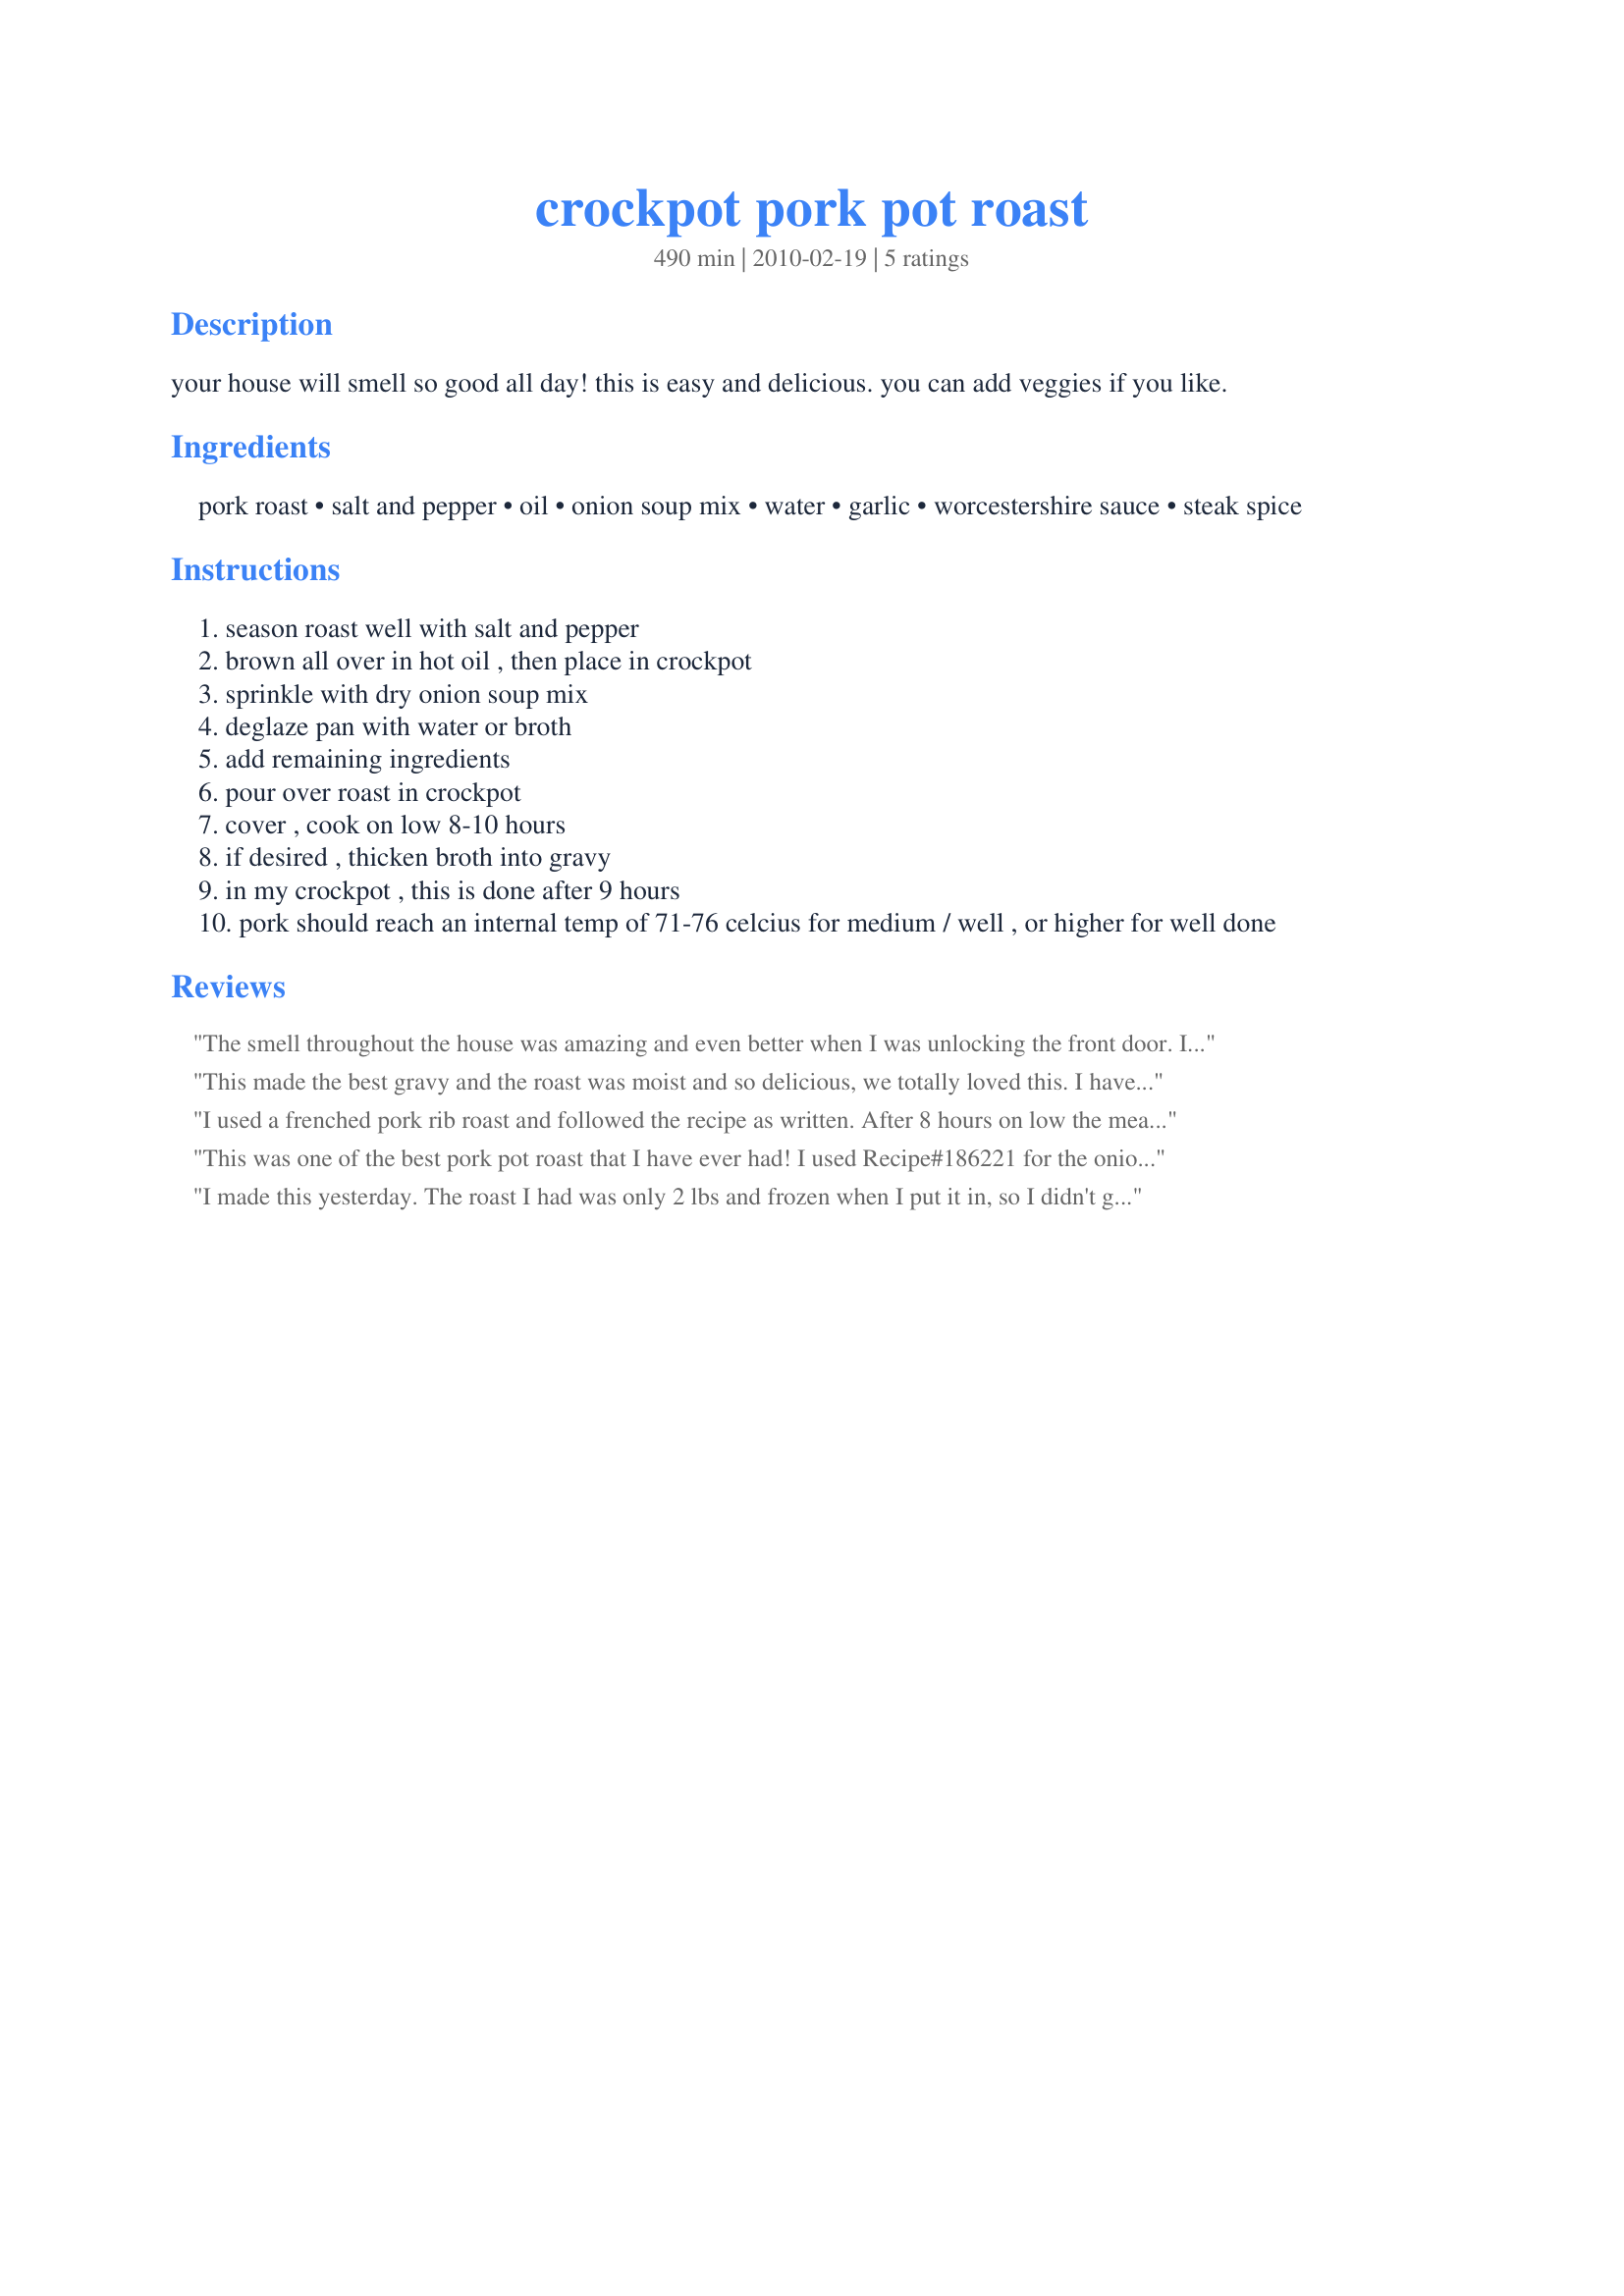
crockpot pork pot roast
Preparation time: 490 minutes

your house will smell so good all day! this is easy and delicious. you can add veggies if you like.

Ingredients:
pork roast, salt and pepper, oil, onion soup mix, water, garlic, worcestershire sauce, steak spice

Steps:
season roast well with salt and pepper
brown all over in hot oil , then place in crockpot
sprinkle with dry onion soup mix
deglaze pan with water or broth
add remaining ingredients
pour over roast in crockpot
cover , cook on low 8-10 hours
if desired , thicken broth into gravy
in my crockpot , this is done after 9 hours
pork should reach an internal temp of 71-76 celcius for medium / well , or higher for well done

Reviews:
The smell throughout the house was amazing and even better when I was unlocking the front door. I couldn't believe how fragrant it was. This is my first time cooking a pork roast in a slow cooker and I am so impressed. We butchered our own pig this year so I have lots of cuts to cook with. I put 2 potatoes halved and 1 onion quartered into the alow cooker at the 5 hour mark.
This made the best gravy and the roast was moist and so delicious, we totally loved this. I have a favourite pork roast recipe already but this just may have trumped it! I followed the recipe except only used 3/4 package of the onion soup mix as I find it salty. I am definitely putting this in the "favourites" book. Thanks so much Terri!
I used a frenched pork rib roast and followed the recipe as written. After 8 hours on low the meat was falling off the bone and perfectly juicy. This recipe has quickly become a family favorite!
This was one of the best pork pot roast that I have ever had! I used Recipe#186221 for the onion soup mix, as I have found it's better than store brands. The flavor and aroma of the roast was simply wonderful.
Thanks so much for sharing this recipe. I have put it in "My Favorite Zaar Recipe" cookbook :)
I made this yesterday. The roast I had was only 2 lbs and frozen when I put it in, so I didn't get the effect of the sides being cooked beforehand. I just threw some oil in the pan & heated the garlic & steak seasoning for a bit. This was okay, not 5 stars. I may try it again sometime with a bigger roast as this one was very dry after 8 hrs on low. It did fall apart really easily and the taste was good, just not fantastic. I will say it smelled great when I walked in the door from work.
